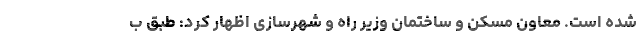
شده است. معاون مسکن و ساختمان وزیر راه و شهرسازی اظهار کرد: طبق ب